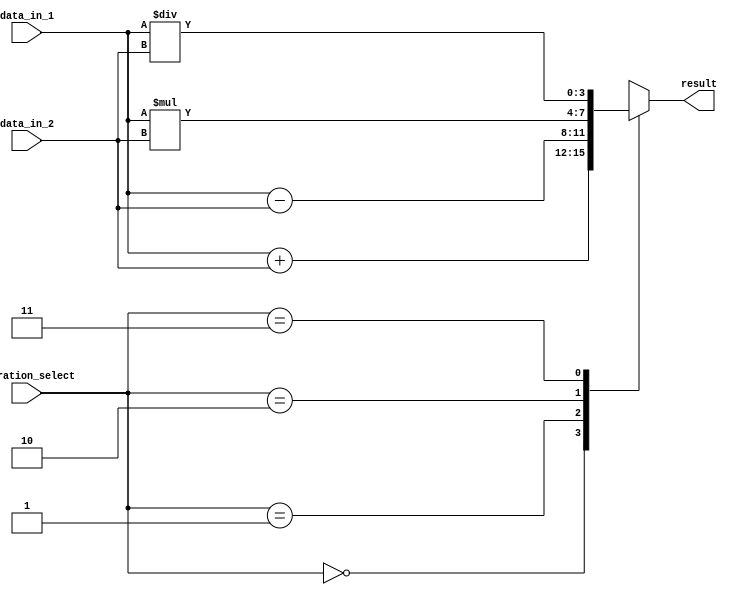
module ALU(
  input [3:0] data_in_1,
  input [3:0] data_in_2,
  input [1:0] operation_select,
  output reg [3:0] result
);

always @(*) begin
  case(operation_select)
    2'b00: result = data_in_1 + data_in_2; // Addition
    2'b01: result = data_in_1 - data_in_2; // Subtraction
    2'b10: result = data_in_1 * data_in_2; // Multiplication
    2'b11: result = data_in_1 / data_in_2; // Division
  endcase
end

endmodule